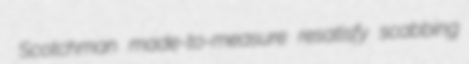
Scotchman made-to-measure resatisfy scabbing